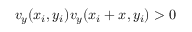
v _ { y } ( x _ { i } , y _ { i } ) v _ { y } ( x _ { i } + x , y _ { i } ) > 0